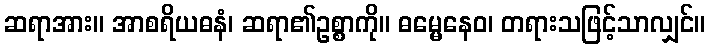
ဆရာအား။ အာစရိယဓနံ၊ ဆရာ၏ဥစ္စာကို။ ဓမ္မေနေဝ၊ တရားသဖြင့်သာလျှင်။